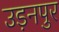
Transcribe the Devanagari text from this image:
उड़नपुर